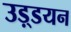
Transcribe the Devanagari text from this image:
उड़्डयन